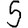
Digit: 5